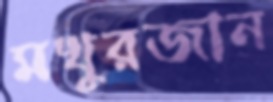
মখুরজান